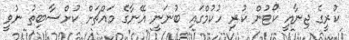
ކުރީގެ ޖިނާއީ ކޯޓުން ކުރި ހުކުމްގައި ބުނަނީ އޭނާގެ މައްޗަށް ކުށްސާބިތު ނުވީ